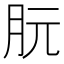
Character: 朊